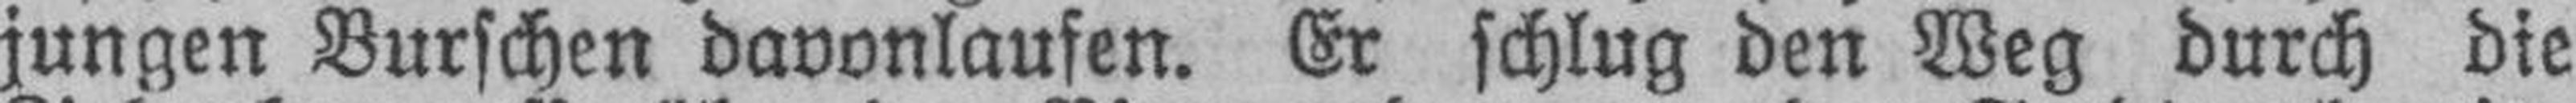
jungen Burschen davonlaufen. Er schlug den Weg durch die